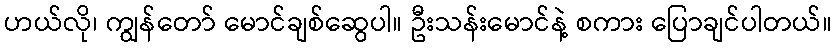
ဟယ်လို၊ ကျွန်တော် မောင်ချစ်ဆွေပါ။ ဦးသန်းမောင်နဲ့ စကား ပြောချင်ပါတယ်။